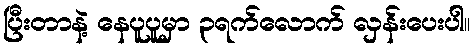
ပြီးတာနဲ့ နေပူပူမှာ ၃ရက်လောက် လှန်းပေးပါ။